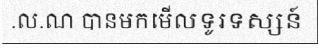
.ល.ណ បានមកមើលទូរទស្សន៍